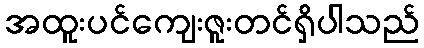
အထူးပင်ကျေးဇူးတင်ရှိပါသည်